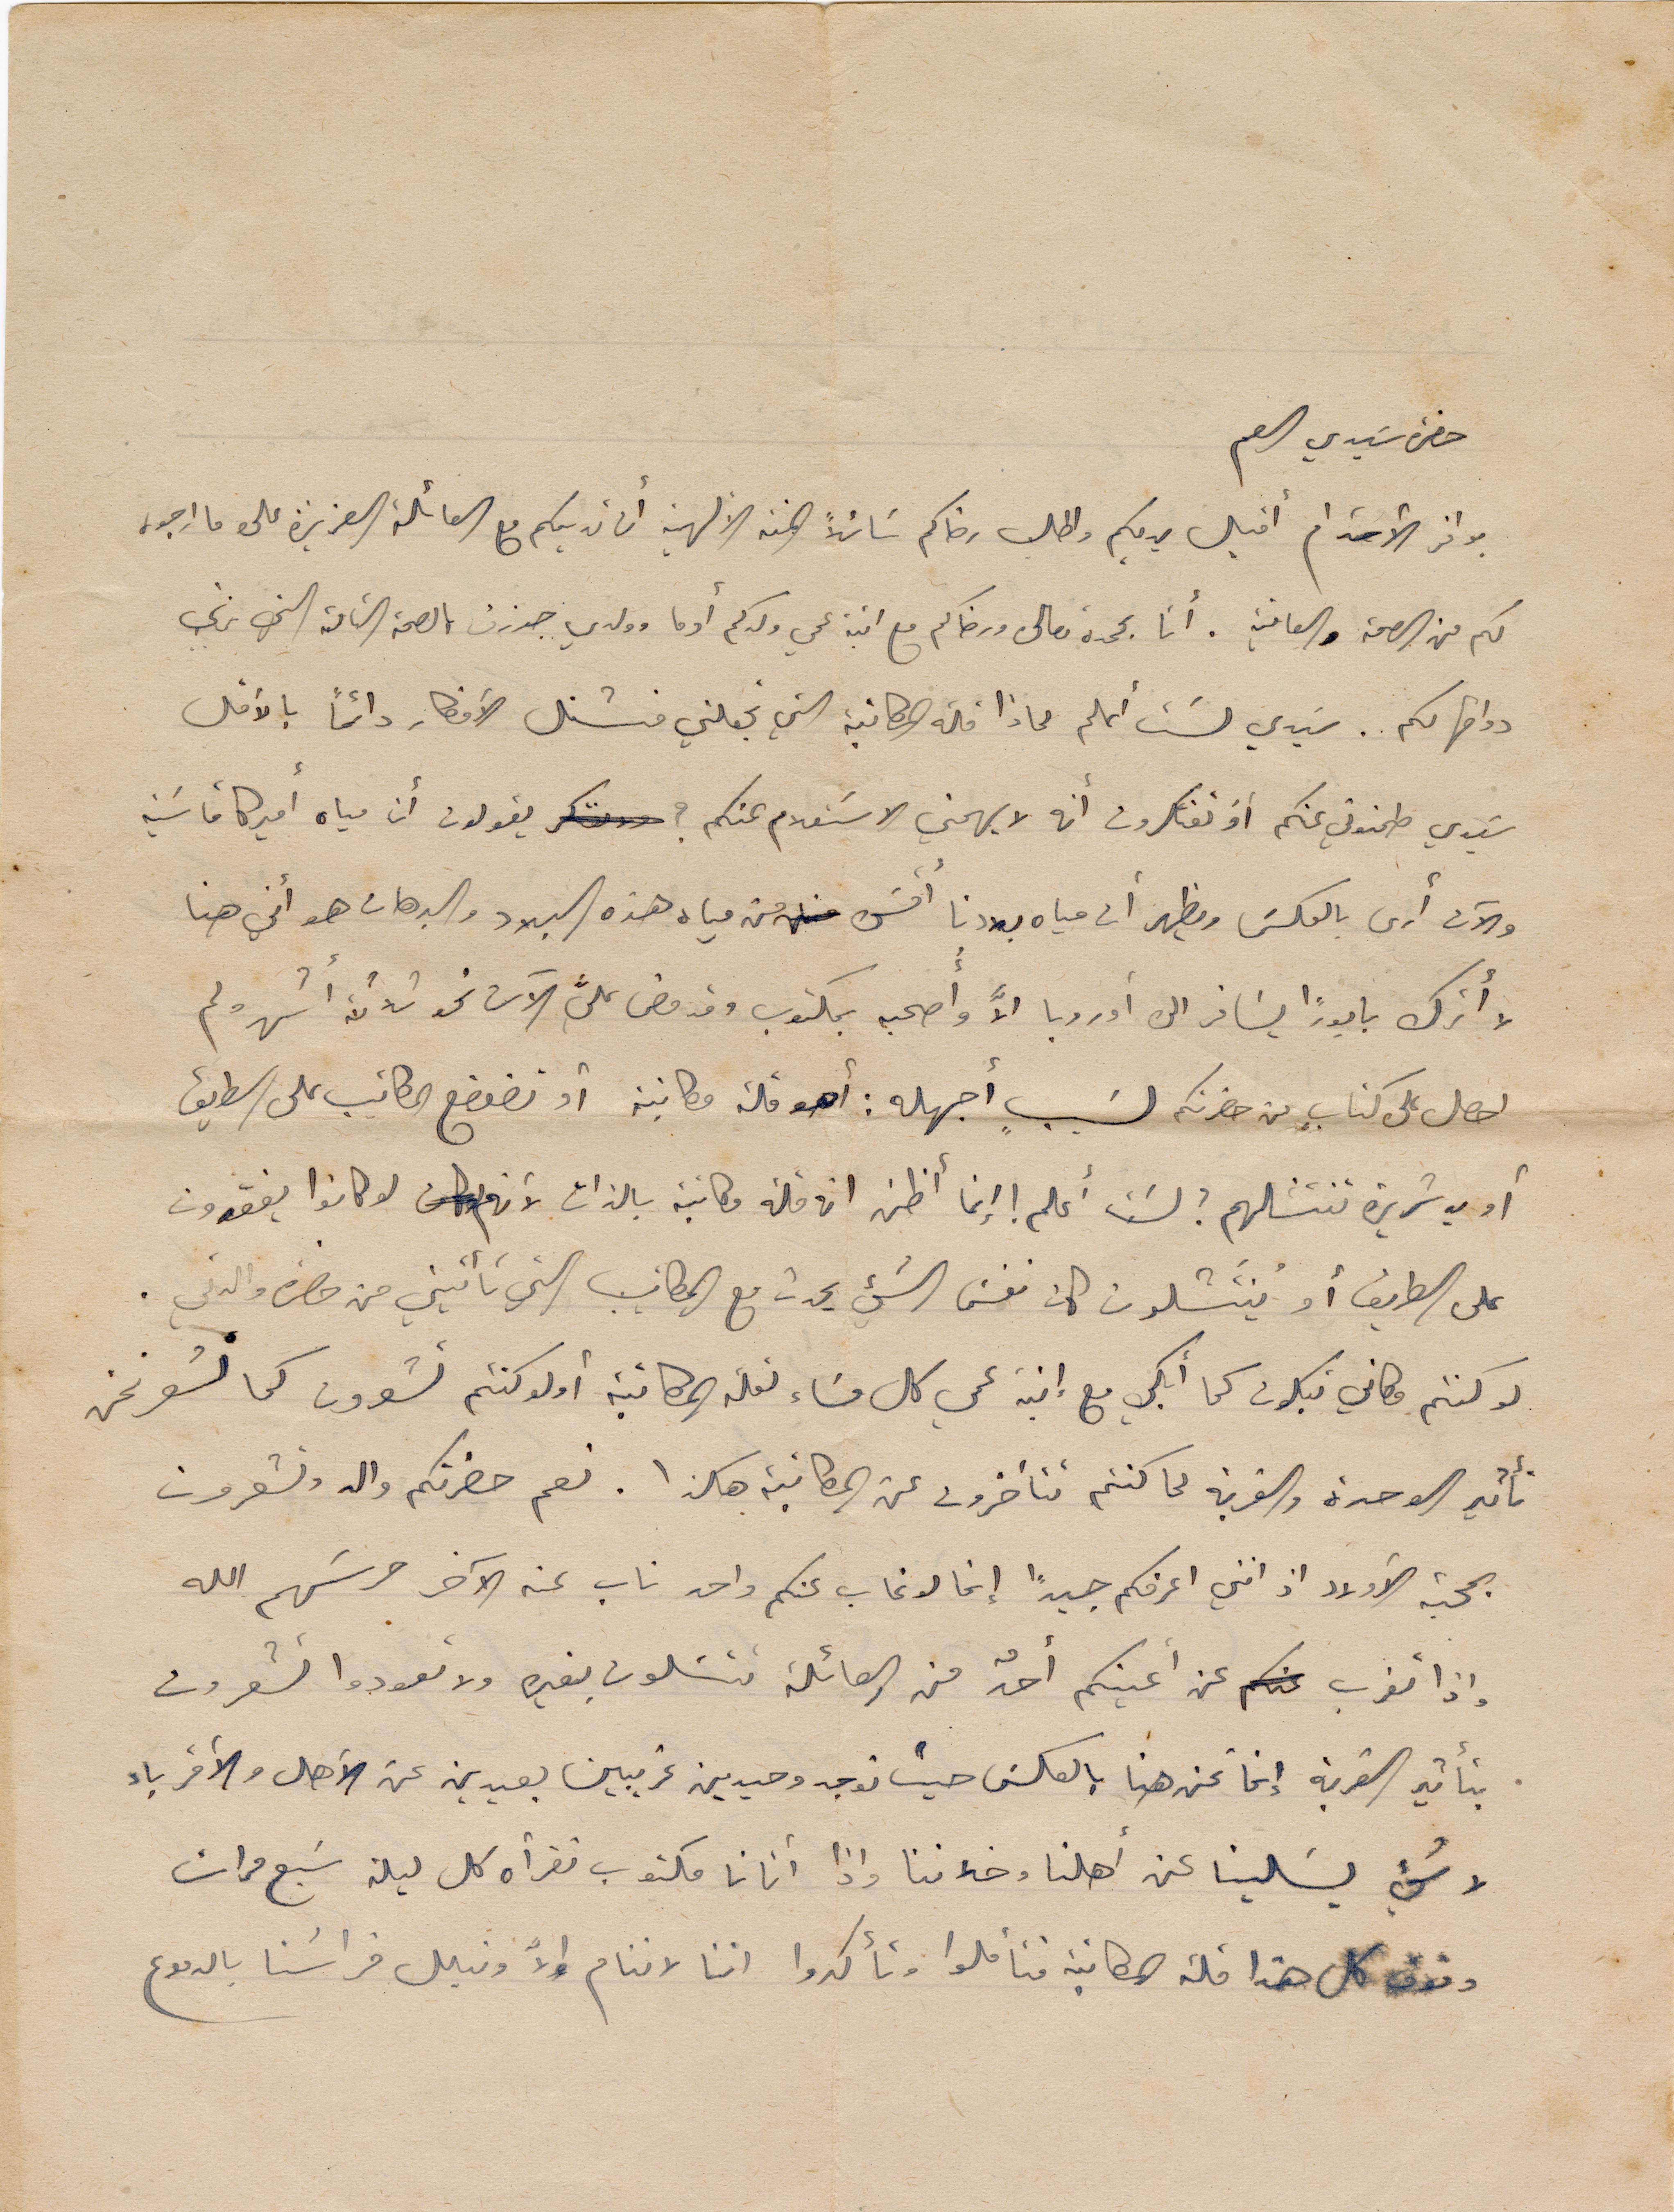
حضرة سَيدي العم
بوافر الأحترام أقبل يديكم واطلب رضاكم سائلاً المنه الألهية أن تهديكم مع العائلة العزيزة على ما ارجوه
لكم من الصحة والعافية. أنا بحمده تعالى ورضاكم مع ابنة عمي ولدكم أدما وولدي جوزف بالصحة التامة التي نرغب
دوامها لكم. سَيدي لَست أعلم لماذا قلة المكاتبة التي تجعلني منشغل الأفكار دائماً بالأقل
سَيدي طمنوني عنكم أو تفكرون أنه لا يهمني الاستعلام عنكم؟ يقولون أن مياه أميركا قاسية
والآن ارى بالعكس ويظهر أن مياه بلدنا أقسى من مياه هذه البلاد والبرهان هو أني هنا
لا أترك بابوراً يسافر الى أوروبا الاَّ واصحبه بمكتوب وقد مضى على الآن نحو ثلاثة اشهر ولم
احصل على كتابٍ من حضرتكم لسَببٍ أجهله: أهو قلة مكاتبة أو تضعضع المكاتيب على الطريق
أو يد شريرة تنشلهم؟ لَست أعلم ! إنما أظن ان قلة مكاتبة بالذات لأنهم لو كانوا يفقدون
على الطريق أو يُنتَشلون كان نفسَ الشيء يحدث مع المكاتيب التي تأتيني من حضرة والدتي.
لو كنتم مكاني تبكون كما أبكي مع إبنة عمي كل مسَاء لقلة المكاتبة أو لو كنتم تشعرون كما نشعر نحن
بمحبة الأولاد اذ انني اعرفكم جيداً إنما لو غاب عنكم واحد غاب عنه الآخر حرسَهم الله
إذا تغرب عن أعينكم أحدٌ من العائلة تتسَلون بغيره ولا تعودوا تشعرون
بتأثير القرية إنما نحن هنا بالعكس حيث نوجد وحيدين غريبين بعيدين عن الأهل والأقرباء
لا شيء يسَلينا عن أهلنا وخلاننا واذا اتانا مكتوب نقرأه كل ليلة سَبع مرات
وفوق كل هذا قلة المكاتبة فتأملوا وتأكدوا اننا لا ننام إلّا ونبلل فراشنا بالدموع
تأثير الوحدة والغربة فما كنتم تتأخرون عن المطالبة هكذا. نعم حضرتكم والد وتشعرون